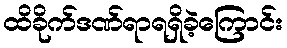
ထိခိုက်ဒဏ်ရာရရှိခဲ့ကြောင်း